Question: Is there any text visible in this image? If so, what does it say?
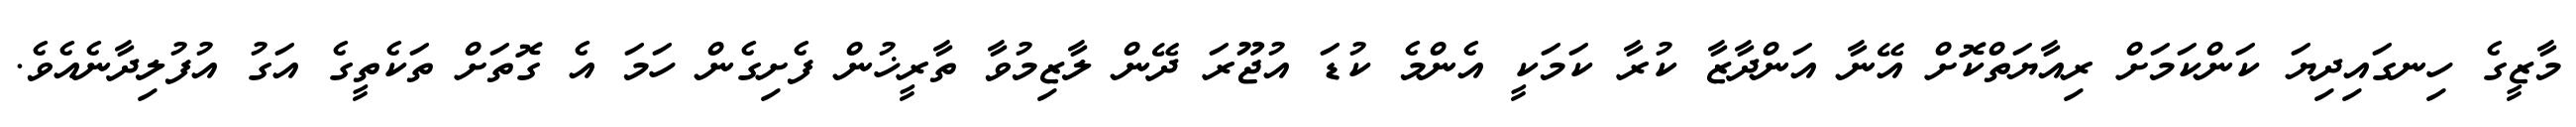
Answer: މާޒީގެ ހިނގައިދިޔަ ކަންކަމަށް ރިއާޔަތްކޮށް އޭނާ އަންދާޒާ ކުރާ ކަމަކީ އެންމެ ކުޑަ އުޖޫރަ ދޭން ލާޒިމުވާ ތާރީޚުން ފެށިގެން ހަމަ އެ ގޮތަށް ތަކެތީގެ އަގު އުފުލިދާނެއެވެ.